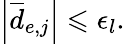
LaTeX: \left\lvert\overline{{d}}_{e,j}\right\rvert\leqslant\epsilon_{l}.